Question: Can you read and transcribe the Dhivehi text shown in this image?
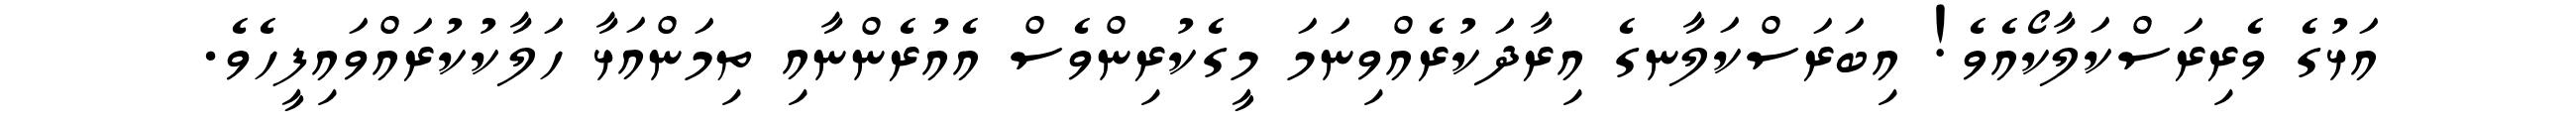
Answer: އަޅުގެ ވެރިރަސްކަލާކޯއެވެ! އިބަރަސްކަލާނގެ އިރާދަކުރެއްވިނަމަ މީގެކުރިންވެސް އެއުރެންނާއި ތިމަންއަޅާ ހަލާކުކުރައްވައިފީހެވެ.